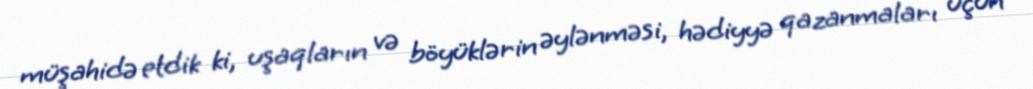
müşahidə etdik ki, uşaqların və böyüklərin əylənməsi, hədiyyə qazanmaları üçün